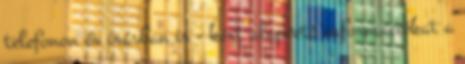
telefonon és írásban is - kért alapvető információkat a